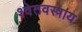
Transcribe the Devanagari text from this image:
श्वेतवस्त्राय